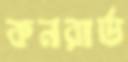
কনরার্ড